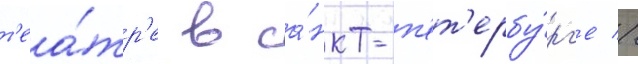
т'еа́тр'е в са́нкт-п'ет'ербу́рг'е //